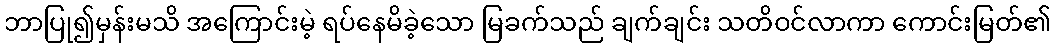
ဘာပြု၍မှန်းမသိ အကြောင်းမဲ့ ရပ်နေမိခဲ့သော မြခက်သည် ချက်ချင်း သတိဝင်လာကာ ကောင်းမြတ်၏